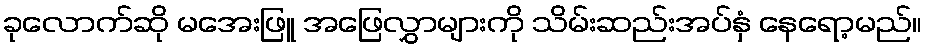
ခုလောက်ဆို မအေးဖြူ အဖြေလွှာများကို သိမ်းဆည်းအပ်နှံ နေရော့မည်။